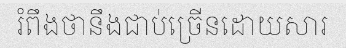
រំពឹងថានឹងជាប់ច្រើនដោយសារ